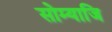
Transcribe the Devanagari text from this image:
सोम्याजि